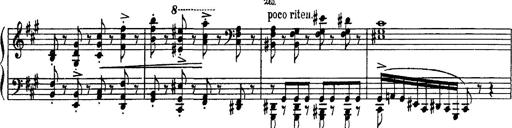
Title: Fantaisie sur des motifs favoris de l'opÃ©ra 'La sonnambula'
Composer: Franz Liszt